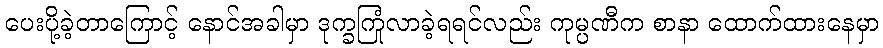
ပေးပို့ခဲ့တာကြောင့် နောင်အခါမှာ ဒုက္ခကြုံလာခဲ့ရရင်လည်း ကုမ္ပဏီက စာနာ ထောက်ထားနေမှာ